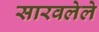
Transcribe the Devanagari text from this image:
सारवलेले